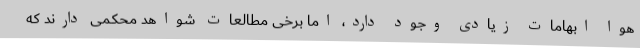
هوا ابهامات زیادی وجود دارد، اما برخی مطالعات شواهد محکمی دارند که